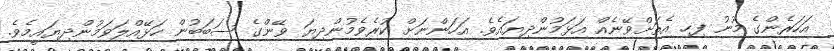
އަހަރެންގެ މޫނު ފިހި އެތަށްވޭނެއް އަޅަމުންދިޔައެވެ. އަހަންނަށް ކުރެވެމުންދިޔަ ވޭންގެ ސަބަބުން ހަޅޭއްލަވަމުންދިޔައީމެވެ.